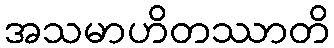
အသမာဟိတဿာတိ